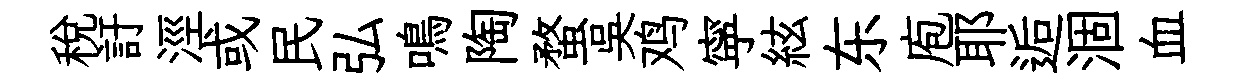
稅訏涇或民弘鳴陶蝥吴鸡寜絃东庖耶逅涸血